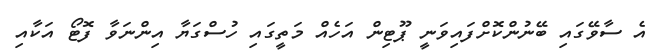
އެ ސާވޭގައި ބޭނުންކޮށްފައިވަނީ ޕޫޓިން އަހެއް މަތީގައި ހުސްގަޔާ އިންނަވާ ފޮޓޯ އަކާއި